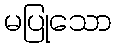
မပြုသော